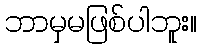
ဘာမှမဖြစ်ပါဘူး။